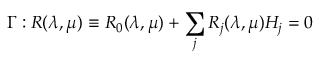
\Gamma : R ( \lambda , \mu ) \equiv R _ { 0 } ( \lambda , \mu ) + \sum _ { j } R _ { j } ( \lambda , \mu ) H _ { j } = 0